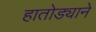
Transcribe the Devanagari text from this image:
हातोड्याने